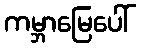
ကမ္ဘာမြေပေါ်